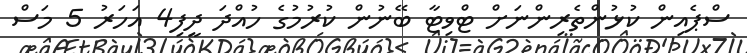
ސްޕެއިން ކުޅުންތެރިންނަށް ޓްވިޓާ ބޭނުން ކުރުމުގެ ހުއްދަ ދީފި4 އަހަރު 5 މަސް